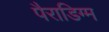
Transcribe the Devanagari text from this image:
पैराडिग्म